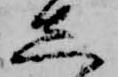
し